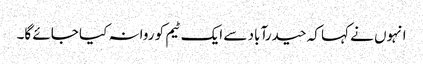
انہوں نے کہا کہ حیدرآباد سے ایک ٹیم کو روانہ کیا جائے گا۔